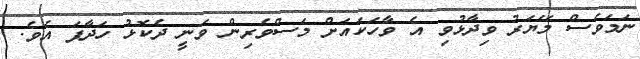
ނަމަވެސް މޭޔަރު ވިދާޅުވި އެ ވާހަކައަށް މަސްވެރިން ވަނީ ދެކޮޅު ހަދާފަ އެވެ.